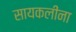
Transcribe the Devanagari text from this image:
सायकलींना